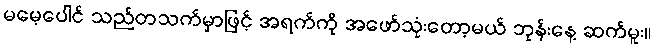
မမေ့ပေါင် သည်တသက်မှာဖြင့် အရက်ကို အဖော်သုံးတော့မယ် ဘုန်းနေ့ ဆက်မူး။